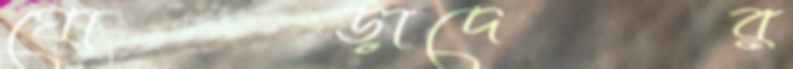
ঘোড়াদের